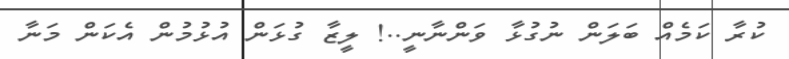
ކުރާ ކަމެއް ބަލަން ނުގުޅާ ވަންނާނީ..! ލީޒާ ގުޅަން އުޅުމުން އެކަން މަނާ